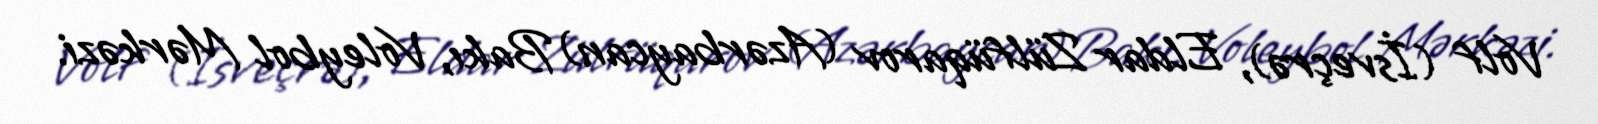
Volf (İsveçrə), Eldar Zülfüqarov (Azərbaycan) Bakı, Voleybol Mərkəzi.